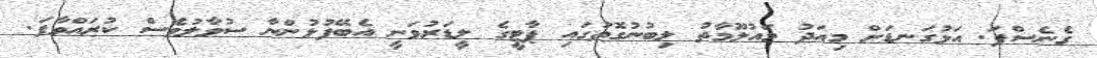
ގެނެސްފަ. އަޅުގަނޑަށް މިއަދު މައުލޫމާތު ލިބުނުގޮތުގައި ޕާޓީގެ ލީޑަރުވަނީ އެބޭފުޅުންނާ ސުވާލުވެސް ކުރައްވާފަ.